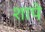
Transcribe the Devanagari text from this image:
शापे